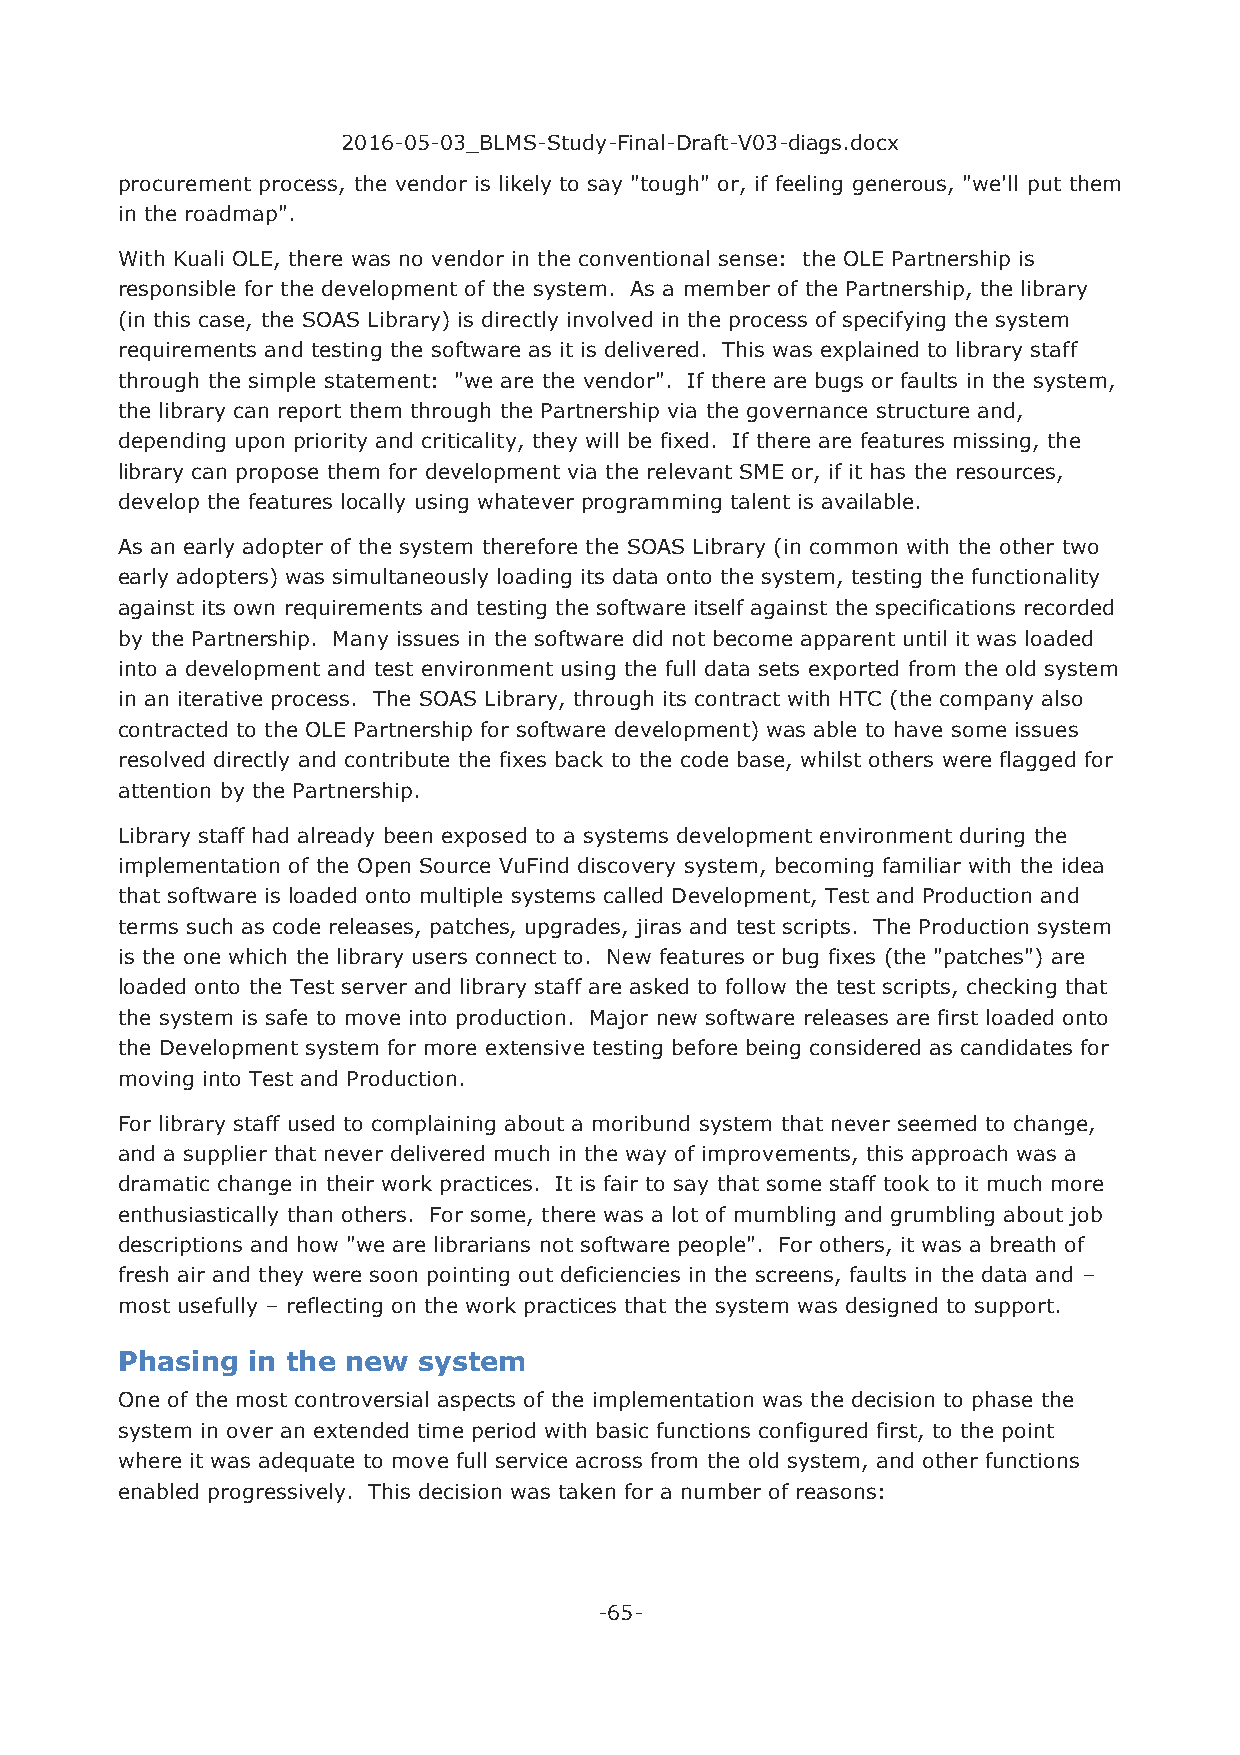
2016-05-03_BLMS-Study-Final-Draft-V03-diags.docx
 procurement process, the vendor is likely to say "tough" or, if feeling generous, "we'll put them
 in the roadmap".
 With Kuali OLE, there was no vendor in the conventional sense: the OLE Partnership is
 responsible for the development of the system. As a member of the Partnership, the library
 (in this case, the SOAS Library) is directly involved in the process of specifying the system
 requirements and testing the software as it is delivered. This was explained to library staff
 through the simple statement: "we are the vendor". If there are bugs or faults in the system,
 the library can report them through the Partnership via the governance structure and,
 depending upon priority and criticality, they will be fixed. If there are features missing, the
 library can propose them for development via the relevant SME or, if it has the resources,
 develop the features locally using whatever programming talent is available.
 As an early adopter of the system therefore the SOAS Library (in common with the other two
 early adopters) was simultaneously loading its data onto the system, testing the functionality
 against its own requirements and testing the software itself against the specifications recorded
 by the Partnership. Many issues in the software did not become apparent until it was loaded
 into a development and test environment using the full data sets exported from the old system
 in an iterative process. The SOAS Library, through its contract with HTC (the company also
 contracted to the OLE Partnership for software development) was able to have some issues
 resolved directly and contribute the fixes back to the code base, whilst others were flagged for
 attention by the Partnership.
 Library staff had already been exposed to a systems development environment during the
 implementation of the Open Source VuFind discovery system, becoming familiar with the idea
 that software is loaded onto multiple systems called Development, Test and Production and
 terms such as code releases, patches, upgrades, jiras and test scripts. The Production system
 is the one which the library users connect to. New features or bug fixes (the "patches") are
 loaded onto the Test server and library staff are asked to follow the test scripts, checking that
 the system is safe to move into production. Major new software releases are first loaded onto
 the Development system for more extensive testing before being considered as candidates for
 moving into Test and Production.
 For library staff used to complaining about a moribund system that never seemed to change,
 and a supplier that never delivered much in the way of improvements, this approach was a
 dramatic change in their work practices. It is fair to say that some staff took to it much more
 enthusiastically than others. For some, there was a lot of mumbling and grumbling about job
 descriptions and how "we are librarians not software people". For others, it was a breath of
 fresh air and they were soon pointing out deficiencies in the screens, faults in the data and –
 most usefully – reflecting on the work practices that the system was designed to support.
 Phasing in the new  system
 One of the most controversial aspects of the implementation was the decision to phase the
 system in over an extended time period with basic functions configured first, to the point
 where it was adequate to move full service across from the old system, and other functions
 enabled progressively. This decision was taken for a number of reasons:
 -65-